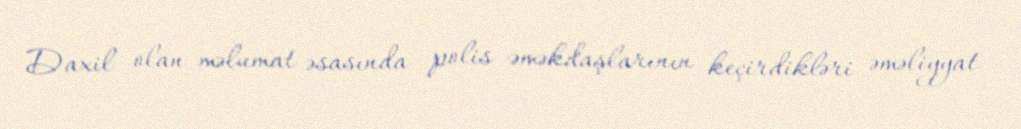
Daxil olan məlumat əsasında polis əməkdaşlarının keçirdikləri əməliyyat